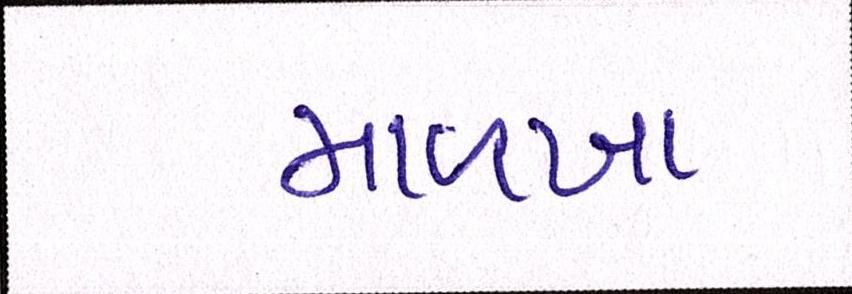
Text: માળખા